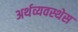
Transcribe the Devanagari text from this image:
अर्थव्यवस्थेस